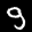
Label: 9